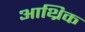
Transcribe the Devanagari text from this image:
आथ्रिक